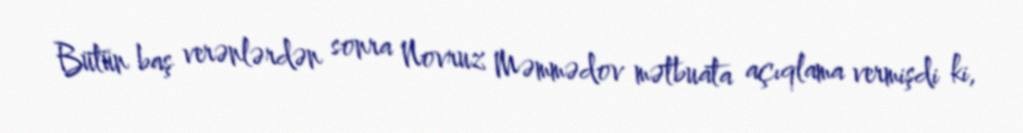
Bütün baş verənlərdən sonra Novruz Məmmədov mətbuata açıqlama vermişdi ki,